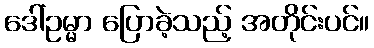
ဒေါ်ဥမ္မာ ပြောခဲ့သည့် အတိုင်းပင်။